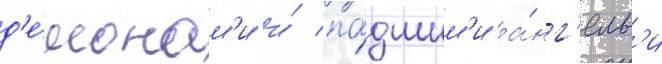
д'е́монам'и и́ па́дшим'и а́нг'елам'и